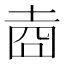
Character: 𱖯